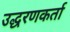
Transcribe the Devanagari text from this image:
उद्धरणकर्ता